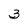
Character: 3